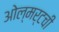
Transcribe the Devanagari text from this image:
ओल्मर्टची